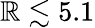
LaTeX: \mathbb{R}\lesssim5.1